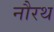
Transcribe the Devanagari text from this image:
नौरथ